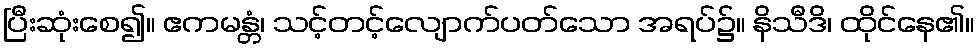
ပြီးဆုံးစေ၍။ ဧကမန္တံ၊ သင့်တင့်လျောက်ပတ်သော အရပ်၌။ နိသီဒိ၊ ထိုင်နေ၏။